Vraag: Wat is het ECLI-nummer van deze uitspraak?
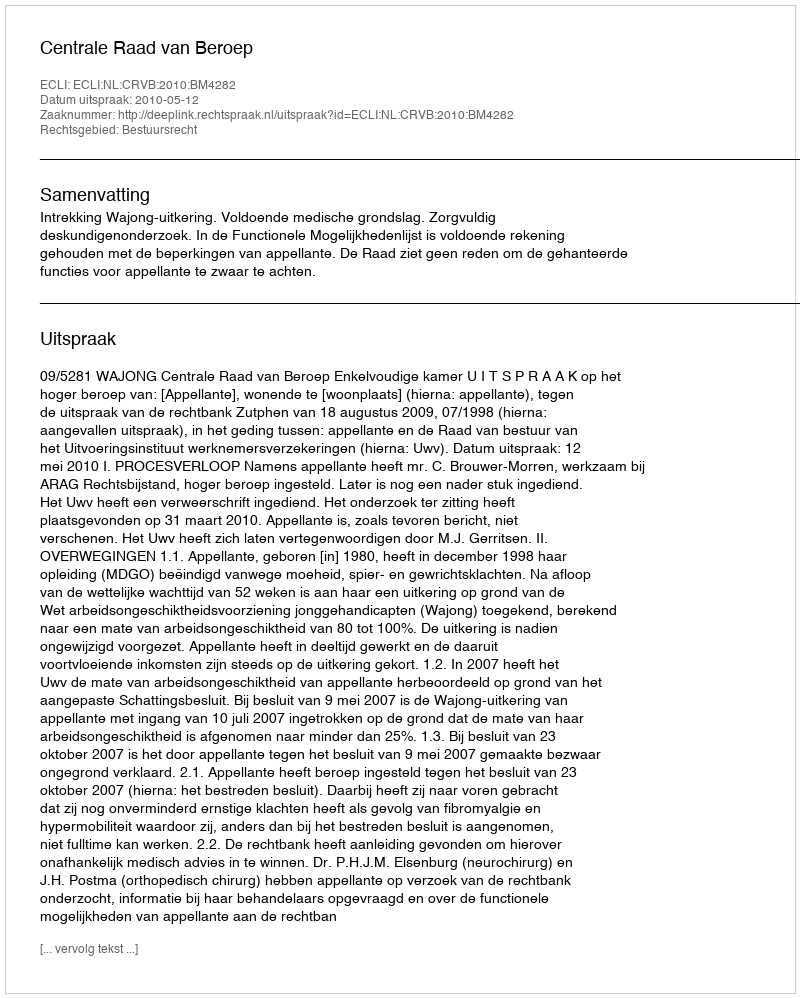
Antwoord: ECLI:NL:CRVB:2010:BM4282